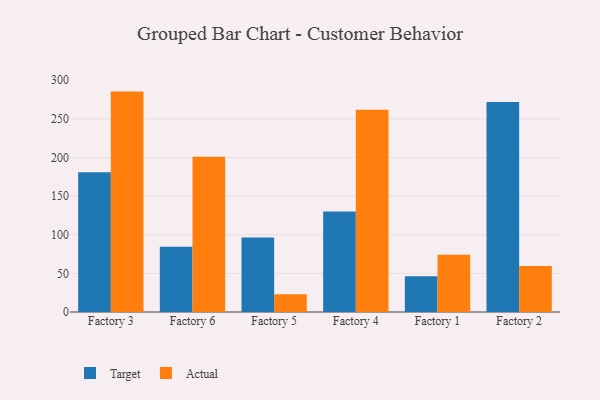
{"axis": {"x": "Factory", "y": "Demand Index"}, "legend": ["Actual", "Target"], "data": [{"x": "Factory 3", "y": 180.9, "type": "Target"}, {"x": "Factory 3", "y": 285.3, "type": "Actual"}, {"x": "Factory 6", "y": 84.4, "type": "Target"}, {"x": "Factory 6", "y": 201.0, "type": "Actual"}, {"x": "Factory 5", "y": 96.4, "type": "Target"}, {"x": "Factory 5", "y": 23.1, "type": "Actual"}, {"x": "Factory 4", "y": 130.1, "type": "Target"}, {"x": "Factory 4", "y": 261.7, "type": "Actual"}, {"x": "Factory 1", "y": 46.3, "type": "Target"}, {"x": "Factory 1", "y": 74.1, "type": "Actual"}, {"x": "Factory 2", "y": 271.7, "type": "Target"}, {"x": "Factory 2", "y": 59.6, "type": "Actual"}]}